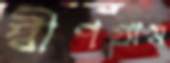
দ্বীপগ্রাম